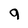
Character: 9